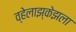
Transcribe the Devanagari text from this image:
व्हेलाझ्केझला